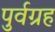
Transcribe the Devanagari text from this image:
पुर्वग्रह